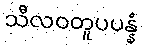
သီလဝတူပပန္နံ